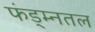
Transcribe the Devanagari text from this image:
फंड्म्नतल